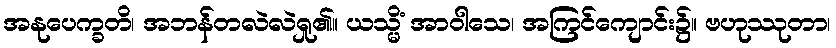
အနုပေက္ခတိ၊ အဘန်တလဲလဲရှု၏။ ယသ္မိံ အာဝါသေ၊ အကြင်ကျောင်း၌။ ဗဟုဿုတာ၊